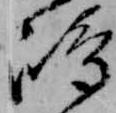
嶋